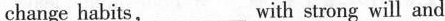
change habits___，with strong will and